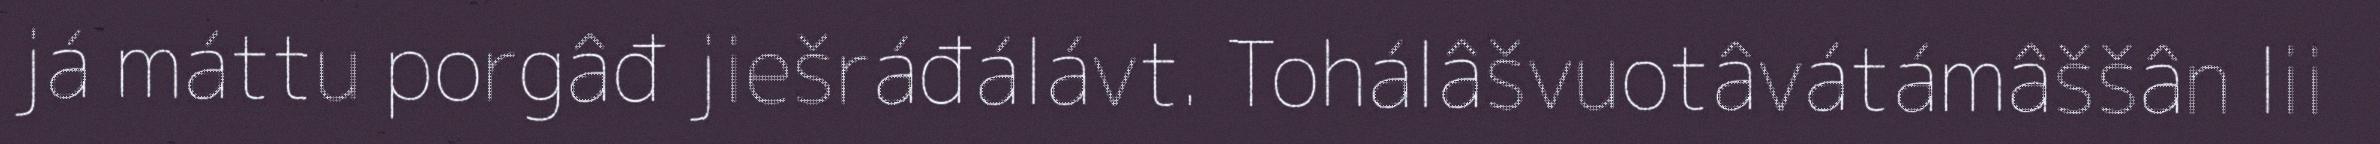
já máttu porgâđ jiešráđálávt. Tohálâšvuotâvátámâššân lii